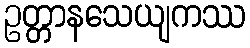
ဥတ္တာနသေယျကဿ